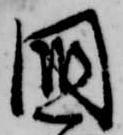
国